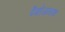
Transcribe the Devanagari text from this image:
पैथोजनक